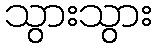
သွားသွား